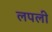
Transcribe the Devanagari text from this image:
लपली